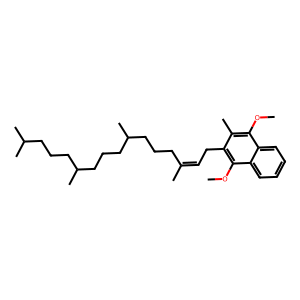
SMILES: COc1c(C)c(CC=C(C)CCCC(C)CCCC(C)CCCC(C)C)c(OC)c2ccccc12
Inhibits HIV replication: No